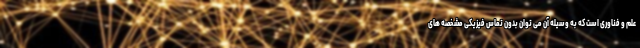
علم و فناوری است که به وسیله آن می توان بدون تماس فیزیکی مشخصه های